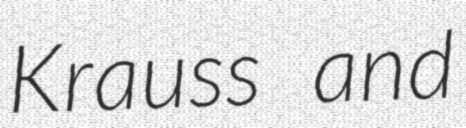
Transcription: Krauss and